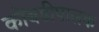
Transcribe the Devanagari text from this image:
कोंबडीपालक